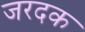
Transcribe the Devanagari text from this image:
जरदक